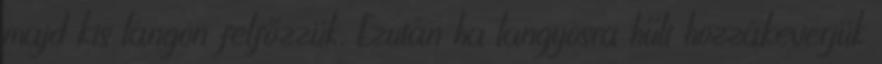
majd kis lángon felfőzzük. Ezután ha langyosra hűlt hozzákeverjük